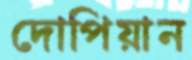
দোপিয়ান